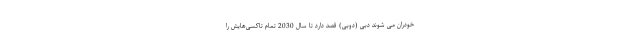
خودران می شوند دبی (دوبی) قصد دارد تا سال 2030 تمام تاکسی‌هایش را